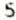
5